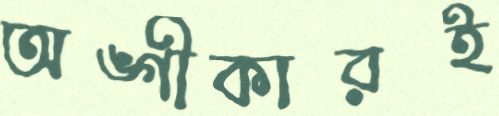
অঙ্গীকারই